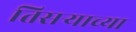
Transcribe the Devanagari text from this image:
तिसर्‍याच्या